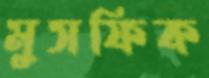
মুসফিক